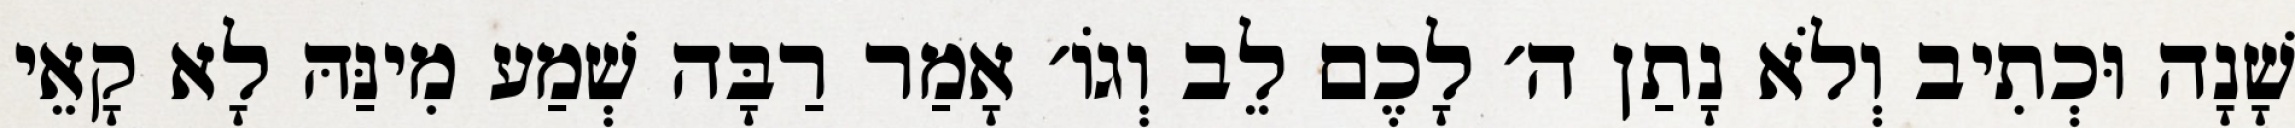
שָׁנָה וּכְתִיב וְלֹא נָתַן ה׳ לָכֶם לֵב וְגוֹ׳ אָמַר רַבָּה שְׁמַע מִינַּהּ לָא קָאֵי